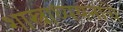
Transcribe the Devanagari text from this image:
शास्त्राध्ययनाचे